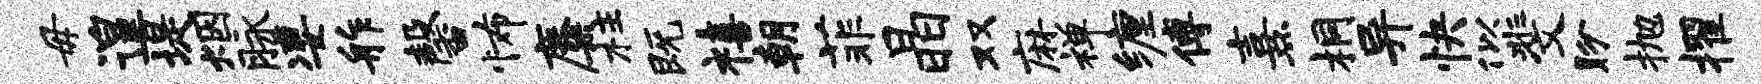
毋遑堤烟脉凄舴馨怖麋柱既禧朝菲晶双麻禅缠傅熹桐异快似斐盼抛擢